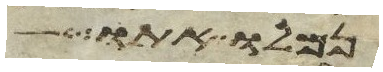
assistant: נמלו אתו